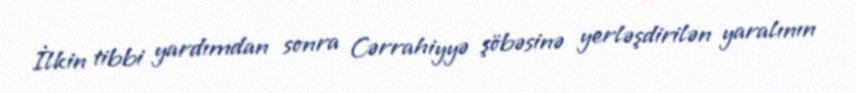
İlkin tibbi yardımdan sonra Cərrahiyyə şöbəsinə yerləşdirilən yaralının